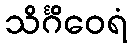
သိင်္ဂိဝေရံ